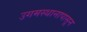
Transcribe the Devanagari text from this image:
उगमस्थानापासून